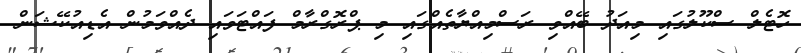
ހޮޓެލް ސްކޫލުގައި މިއަދު ބޭއްވި ރަސްމިއްޔާތެއްގައި މި ޕްރޮގްރާމް ފައްޓަވައި ދެއްވަމުން އެޑިއުކޭޝަން